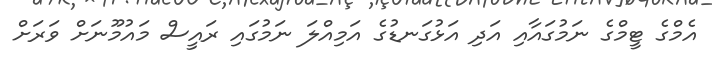
އެމްގެ ޓީމްގެ ނަމުގައާއި އަދި އަޅުގަނޑުގެ އަމިއްލަ ނަމުގައި ރައީސް މައުމޫނަށް ވަރަށް